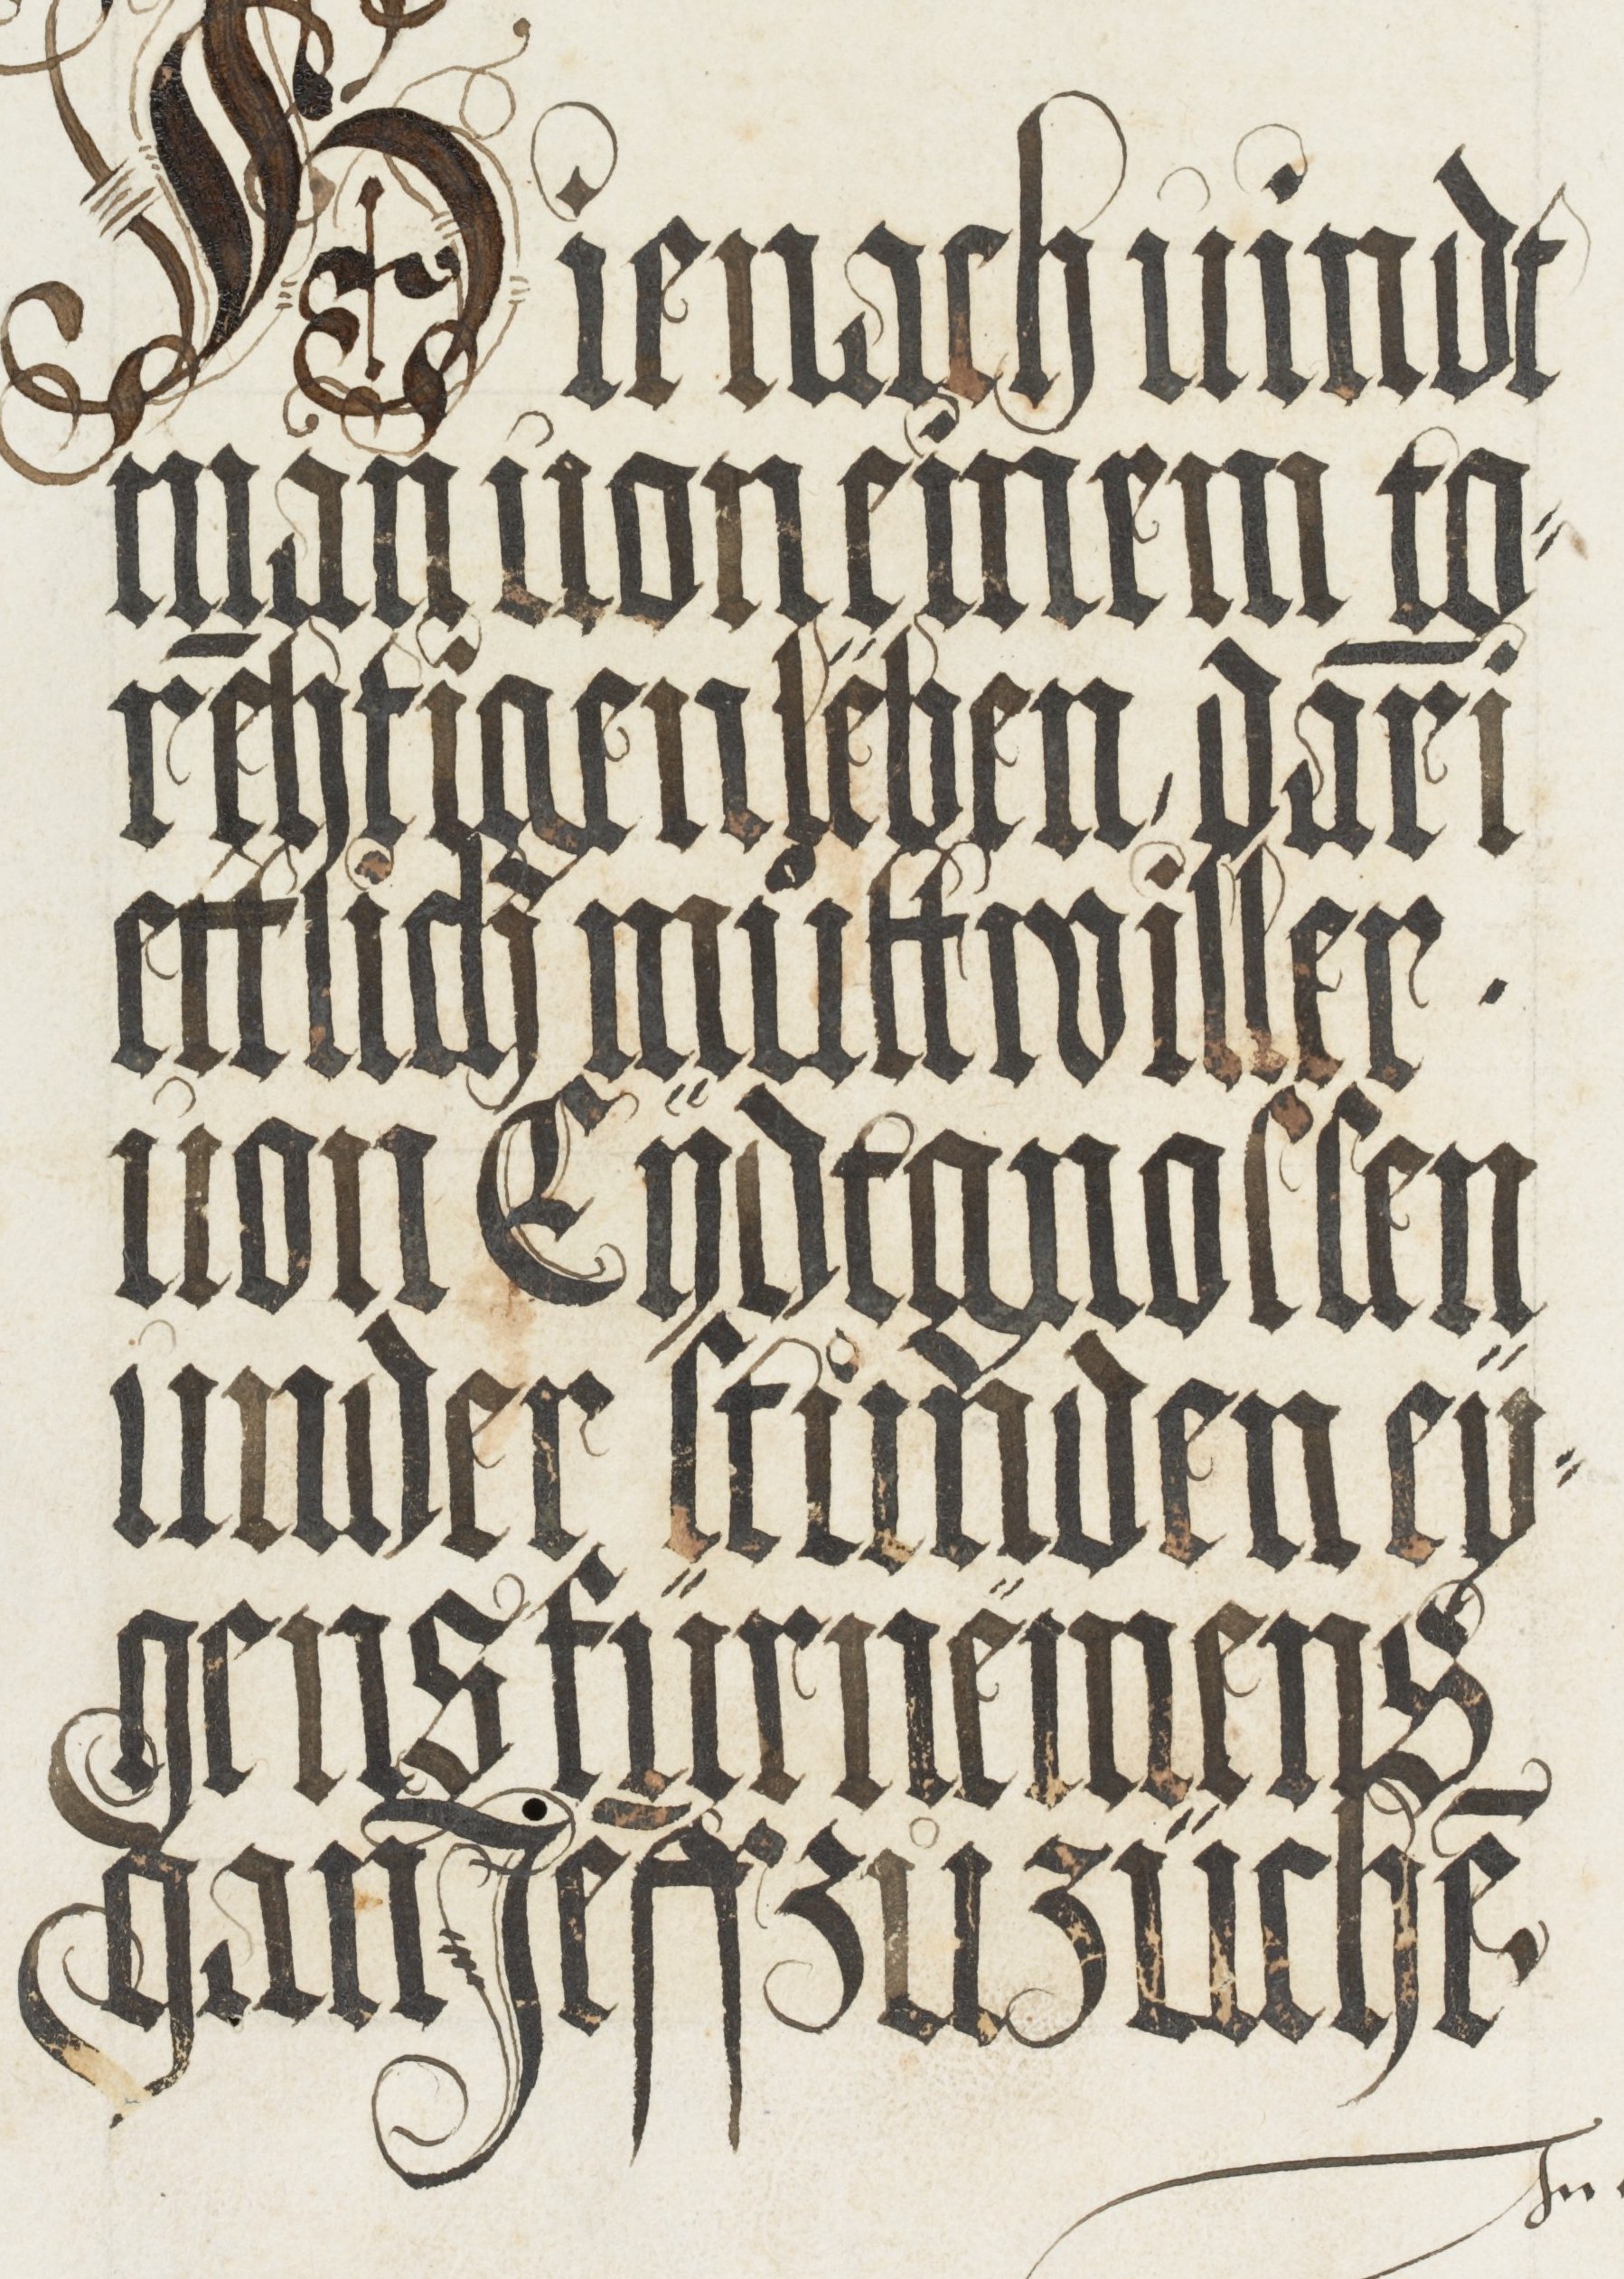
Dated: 1572–1572